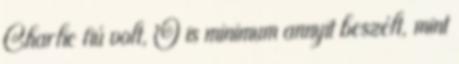
Charlie fiú volt, Õ is minimum annyit beszélt, mint